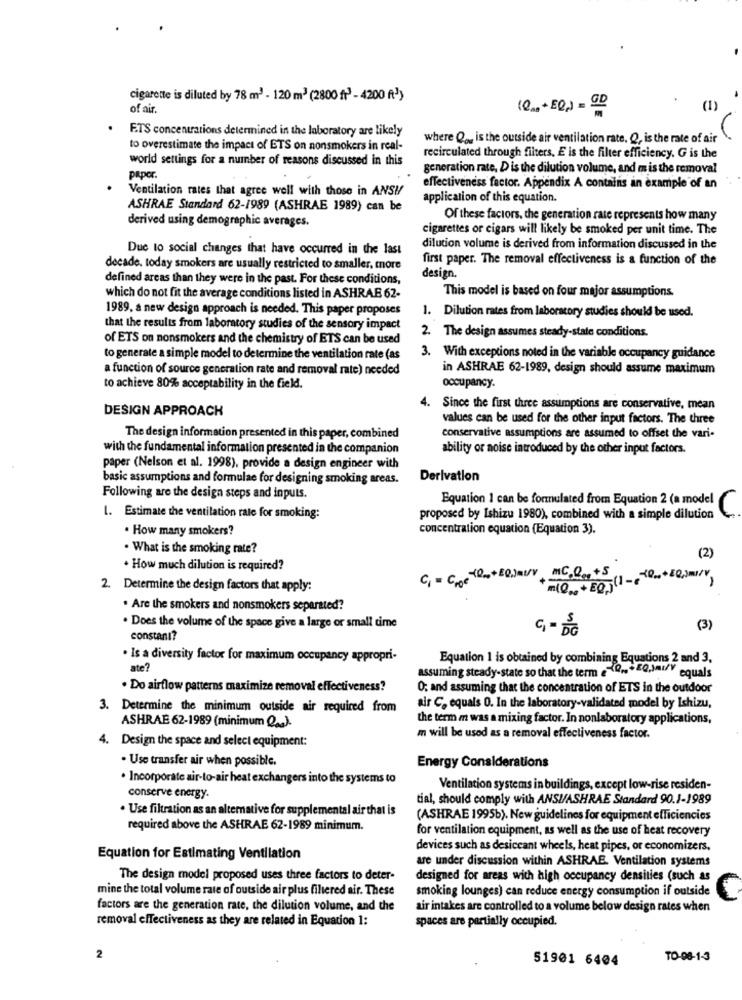
cigarette is diluted by 78 m2 - 120 m3 (2800 fr) - 4200 (3)
of air.
(0.2 + EQ,) = GD
(1)
ETS concentrations determined in the laboratory are likely
where Q ., is the outside air ventilation rate, Q, is the rate of air
to overestimate the impact of ETS on nonsmokers in real-
world settings for a number of reasons discussed in this
recirculated through filters, E is the filter efficiency. G is the
generation rate, D is the dilution volume, and mis the removal
paper.
Ventilation rates that agree well with those in ANSI
effectiveness factor. Appendix A contains an example of an
application of this equation.
ASHRAE Standard 62-1989 (ASHRAE 1989) can be
Of these factors, the generation rate represents how many
derived using demographic averages.
cigarettes or cigars will likely be smoked per unit time. The
Due to social changes that have occurred in the last
dilution volume is derived from information discussed in the
first paper. The removal effectiveness is a function of the
decade. today smokers are usually restricted to smaller, more
defined areas than they were in the past. For these conditions,
design.
This model is based on four major assumptions.
which do not fit the average conditions listed in ASHRAE 62-
1989, a new design approach is needed. This paper proposes
1. Dilution rates from laboratory studies should be used.
that the results from laboratory studies of the sensory impact
of ETS on nonsmokers and the chemistry of ETS can be used
2. The design assumes steady-state conditions.
to generate a simple model to determine the ventilation rate (as
3. With exceptions noted in the variable occupancy guidance
a function of source generation rate and removal rate) needed
in ASHRAE 62-1989, design should assume maximum
to achieve 80% acceptability in the field.
occupancy.
DESIGN APPROACH
4. Since the first three assumptions are conservative, mean
values can be used for the other input factors. The three
The design information presented in this paper, combined
conservative assumptions are assumed to offset the vari-
with the fundamental information presented in the companion
ability or noise introduced by the other input factors.
paper (Nelson et al. 1998), provide a design engineer with
basic assumptions and formulae for designing smoking areas.
Derivation
Following are the design steps and inputs.
Equation 1 can be formulated from Equation 2 (a model
C.
1. Estimate the ventilation rate for smoking:
proposed by Ishizu 1980), combined with a simple dilution
. How many smokers?
concentration equation (Equation 3).
. What is the smoking rate?
(2)
. How much dilution is required?
C1 = Croe 10.2 + EQ.)ML/V MC.000 +51
2. Determine the design factors that apply:
. Are the smokers and nonsmokers separated?
. Does the volume of the space give a large or small time
G - DG
(3)
constani?
. Is a diversity factor for maximum occupancy appropri-
Equation 1 is obtained by combining Equations 2 and 3,
ate?
assuming steady-state so that the term -10- + EQ,JI/V equals
. Do airflow patterns maximize removal effectiveness?
0; and assuming that the concentration of ETS in the outdoor
3. Determine the minimum outside air required from
air C. equals O. In the laboratory-validated model by Ishizu,
the term m was a mixing factor. In nonlaboratory applications,
ASHRAE 62-1989 (minimum Qaa).
4. Design the space and select equipment:
m will be used as a removal effectiveness factor.
. Use transfer air when possible.
Energy Considerations
. Incorporate air-to-air heat exchangers into the systems to
Ventilation systems in buildings, except low-rise residen-
conserve energy
tial, should comply with ANSI/ASHRAE Standard 90.1-1989
. Use filtration as an alternative for supplemental air that is
(ASHRAE 1995b). New guidelines for equipment efficiencies
required above the ASHRAE 62-1989 minimum.
for ventilation equipment, as well as the use of heat recovery
devices such as desiceant wheels, heat pipes, or economizers.
Equation for Estimating Ventilation
are under discussion within ASHRAE. Ventilation systems
The design model proposed uses three factors to deter-
designed for areas with high occupancy densities (such as
mine the total volume rate of outside air plus filtered air. These
smoking lounges) can reduce energy consumption if outside
C
factors are the generation rate, the dilution volume, and the
air intakes are controlled to a volume below design rates when
removal effectiveness as they are related in Equation 1:
spaces are partially occupied.
2
51901 6404
TO-08-1-3